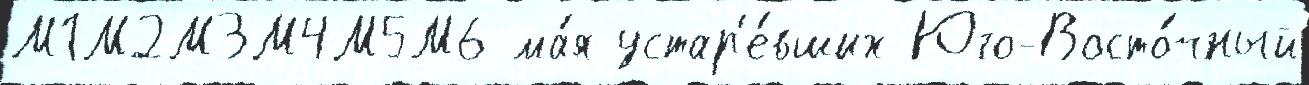
М1М2М3М4М5М6 ма́я устар'е́вших Юго-Восто́чный